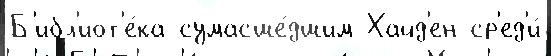
Б'ибл'иот'е́ка сумасше́дшим Хайд'ен ср'ед'и́